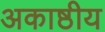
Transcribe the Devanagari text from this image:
अकाष्ठीय